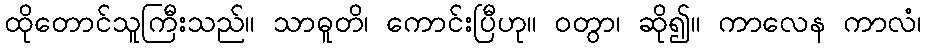
ထိုတောင်သူကြီးသည်။ သာဓူတိ၊ ကောင်းပြီဟု။ ဝတွာ၊ ဆို၍။ ကာလေန ကာလံ၊